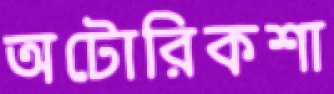
অটোরিকশা